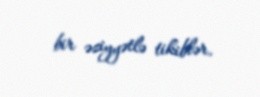
bir əziyyətlə tikiblər.